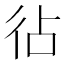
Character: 𢓕